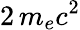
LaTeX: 2\, m_{e}c^{2}